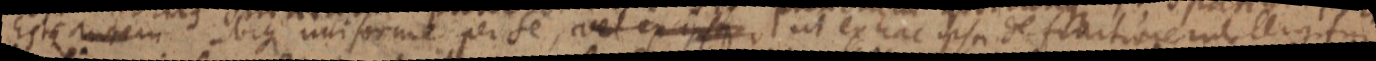
Este autem ubique uniforme per se, vel ex ipsius ut ex hac ipsi definitionem alligitur